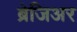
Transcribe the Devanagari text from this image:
ब्रेजिअर